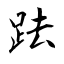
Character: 䟩